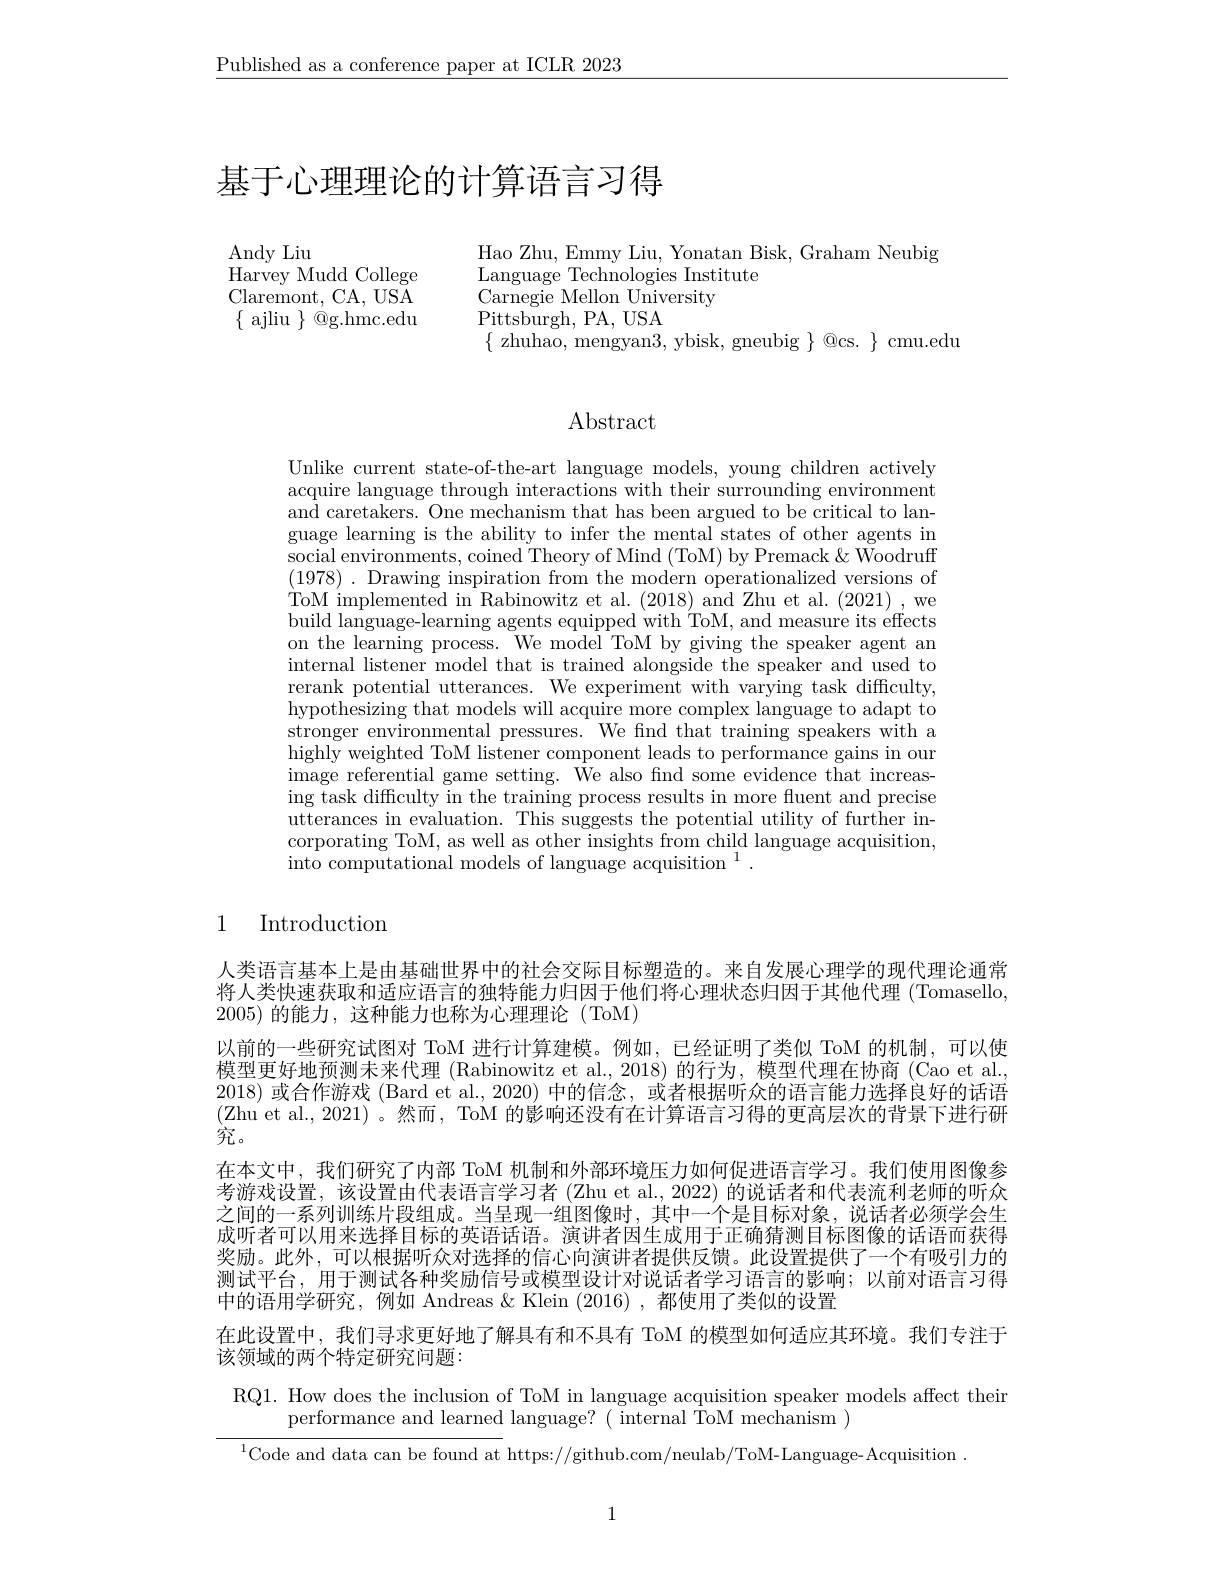
$\underline{\text{Published as a conference paper at ICLR 2023}}$

# 基于心理理论的计算语言习得

Andy Liu
$\mathop{\mathrm{Harvey~Mudd~College}}_{\mathrm{GA~TCA}}$ Claremont, CA, USA $\{$ ajliu $\}$ @g.hmc.edu

Hao Zhu, Emmy Liu, Yonatan Bisk, Graham Neubig
Language Technologies Institute
Carnegie Mellon University
Pittsburgh, PA, USA
$\{$ zhuhao, mengyan3, ybisk, gneubig $\}$ @cs. $\}$ cmu.edu

# Abstract

Unlike current state-of-the-art language models, young children actively acquire language through interactions with their surrounding environment and caretakers. One mechanism that has been argued to be critical to language learning is the ability to infer the mental states of other agents in social environments, coined Theory of Mind (ToM) by Premack & Woodruff (1978) .Drawing inspiration from the modern operationalized versions of ToM implemented in Rabinowitz et al. (2018) and Zhu et al. (2021) , we build language-learning agents equipped with ToM, and measure its effects on the learning process. We model ToM by giving the speaker agent an internal listener model that is trained alongside the speaker and used to rerank potential utterances. We experiment with varying task difficulty, $\bar{\text{hypothesizing that models will acquire more complex language to adapt to}}$ stronger environmental pressures. We find that training speakers with a highly weighted ToM listener component leads to performance gains in our image referential game setting. $\bar{\text{We also find some evidence that increas- }}$ ing task difficulty in the training process results in more fluent and precise utterances in evaluation. This suggests the potential utility of further incorporating ToM, as well as other insights from child language acquisition, into computational models of language acquisition $^1.$

### 1 Introduction

人类语言基本上是由基础世界中的社会交际目标塑造的。来自发展心理学的现代理论通常将人类快速获取和适应语言的独特能力归因于他们将心理状态归因于其他代理 (Tomasello, 2005)的能力，这种能力也称为心理理论(ToM)
以前的一些研究试图对 ToM 进行计算建模。例如，已经证明了类似 ToM 的机制，可以使模型更好地预测未来代理 (Rabinowitz et al.,2018)的行为，模型代理在协商 (Cao et al., 2018) 或合作游戏 (Bard et al., 2020) 中的信念，或者根据听众的语言能力选择良好的话语(Zhu et al., 2021)。然而，ToM 的影响还没有在计算语言习得的更高层次的背景下进行研究。
在本文中，我们研究了内部 ToM 机制和外部环境压力如何促进语言学习。我们使用图像参考游戏设置，该设置由代表语言学习者 (Zhu et al., 2022) 的说话者和代表流利老师的听众之间的一系列训练片段组成。当呈现一组图像时，其中一个是目标对象，说话者必须学会生成听者可以用来选择目标的英语话语。演讲者因生成用于正确猜测目标图像的话语而获得奖励。此外，可以根据听众对选择的信心向演讲者提供反馈。此设置提供了一个有吸引力的测试平台，用于测试各种奖励信号或模型设计对说话者学习语言的影响；以前对语言习得中的语用学研究，例如 Andreas &Klein (2016) ,都使用了类似的设置
在此设置中，我们寻求更好地了解具有和不具有 ToM 的模型如何适应其环境。我们专注于

该领域的两个特定研究问题：
RQ1. How does the inclusion of ToM in language acquisition speaker models affect their
performance and learned language? ( internal $\tilde{\text{ToM mechanism}})$
$^{1}$Code and data can be found at https://github.com/neulab/ToM-Language- Acquisition .

1